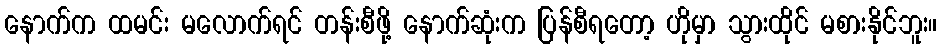
နောက်က ထမင်း မလောက်ရင် တန်းစီဖို့ နောက်ဆုံးက ပြန်စီရတော့ ဟိုမှာ သွားထိုင် မစားနိုင်ဘူး။